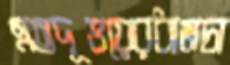
এতদূভয়েরধামচা